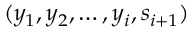
( y _ { 1 } , y _ { 2 } , \dots , y _ { i } , s _ { i + 1 } )